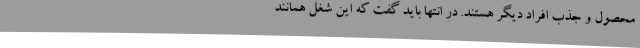
محصول و جذب افراد دیگر هستند. در انتها باید گفت که این شغل همانند